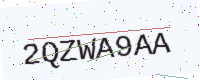
Text: 2QZWA9AA